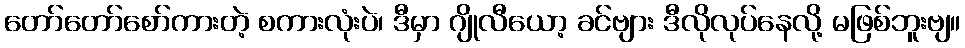
တော်တော်စော်ကားတဲ့ စကားလုံးပဲ၊ ဒီမှာ ဂျိုလီယော့ ခင်ဗျား ဒီလိုလုပ်နေလို့ မဖြစ်ဘူးဗျ။